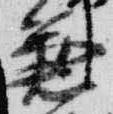
兼